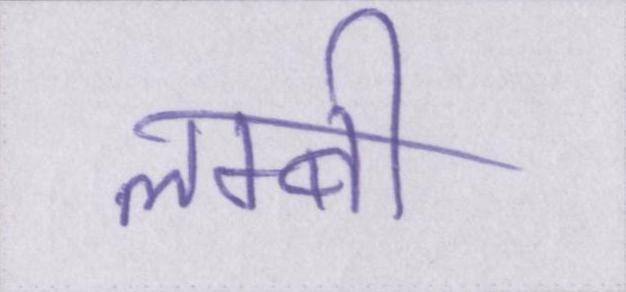
लम्बी